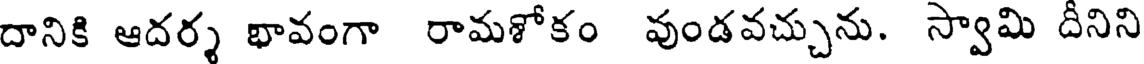
దానికి ఆదర్శ భావంగా రామశోకం వుండవచ్చును. స్వామి దీనిని